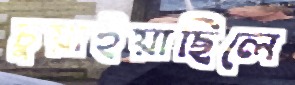
চুয়াইয়াছিলে